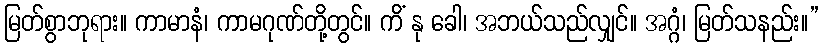
မြတ်စွာဘုရား။ ကာမာနံ၊ ကာမဂုဏ်တို့တွင်။ ကိံ နု ခေါ၊ အဘယ်သည်လျှင်။ အဂ္ဂံ၊ မြတ်သနည်း။”